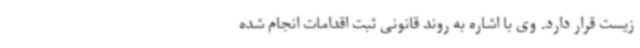
زیست قرار دارد. وی با اشاره به روند قانونی ثبت اقدامات انجام شده